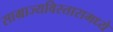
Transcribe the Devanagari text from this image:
साम्राज्यविस्तारामध्ये